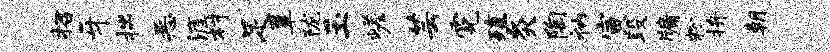
招牙拙恶涯村足簟陇玉嵯芸霓殖灸陶衲寅段牖粉拚朝